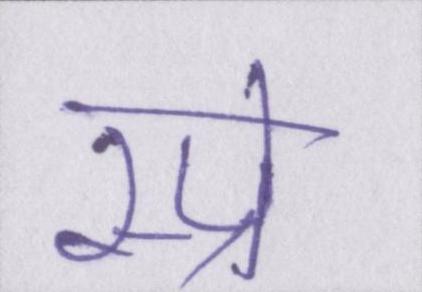
स्प्रे